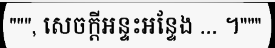
""", សេចក្តីអន្ទះអន្ទែង ... ។"""